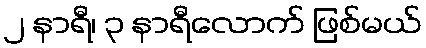
၂ နာရီ၊ ၃ နာရီလောက် ဖြစ်မယ်